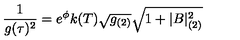
{ \frac { 1 } { g ( \tau ) ^ { 2 } } } = e ^ { \phi } k ( T ) \sqrt { g _ { ( 2 ) } } \sqrt { 1 + | B | _ { ( 2 ) } ^ { 2 } }